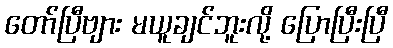
တော်ပြီဗျား မယူချင်ဘူးလို့ ပြောပြီးပြီ